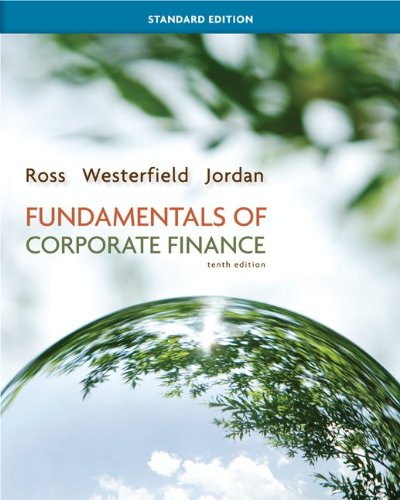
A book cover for Fundamentals of Corporate Finance Standard Edition (Mcgraw-Hill/Irwin Series in Finance, Insurance, and Real Estate); Stephen Ross; Business & Money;